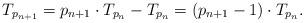
LaTeX: \begin{align*}T_{p_{n+1}}=p_{n+1}\cdot T_{p_n}-T_{p_n}=(p_{n+1}-1)\cdot T_{p_n}.\end{align*}